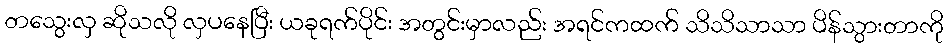
တသွေးလှ ဆိုသလို လှပနေပြီး ယခုရက်ပိုင်း အတွင်းမှာလည်း အရင်ကထက် သိသိသာသာ ပိန်သွားတာကို